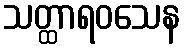
သတ္ထာရဝသေန